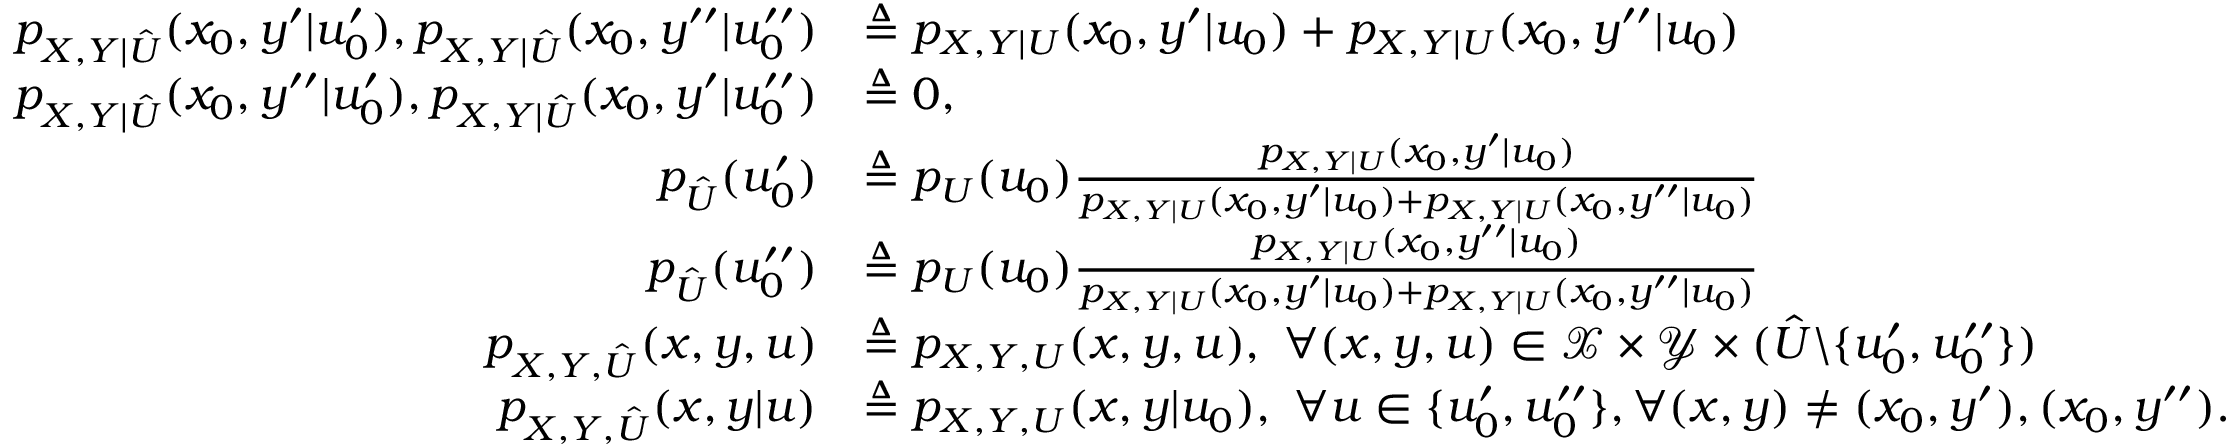
\begin{array} { r l } { p _ { X , Y | \hat { U } } ( x _ { 0 } , y ^ { \prime } | u _ { 0 } ^ { \prime } ) , p _ { X , Y | \hat { U } } ( x _ { 0 } , y ^ { \prime \prime } | u _ { 0 } ^ { \prime \prime } ) } & { \triangleq p _ { X , Y | U } ( x _ { 0 } , y ^ { \prime } | u _ { 0 } ) + p _ { X , Y | U } ( x _ { 0 } , y ^ { \prime \prime } | u _ { 0 } ) } \\ { p _ { X , Y | \hat { U } } ( x _ { 0 } , y ^ { \prime \prime } | u _ { 0 } ^ { \prime } ) , p _ { X , Y | \hat { U } } ( x _ { 0 } , y ^ { \prime } | u _ { 0 } ^ { \prime \prime } ) } & { \triangleq 0 , } \\ { p _ { \hat { U } } ( u _ { 0 } ^ { \prime } ) } & { \triangleq p _ { U } ( u _ { 0 } ) \frac { p _ { X , Y | U } ( x _ { 0 } , y ^ { \prime } | u _ { 0 } ) } { p _ { X , Y | U } ( x _ { 0 } , y ^ { \prime } | u _ { 0 } ) + p _ { X , Y | U } ( x _ { 0 } , y ^ { \prime \prime } | u _ { 0 } ) } } \\ { p _ { \hat { U } } ( u _ { 0 } ^ { \prime \prime } ) } & { \triangleq p _ { U } ( u _ { 0 } ) \frac { p _ { X , Y | U } ( x _ { 0 } , y ^ { \prime \prime } | u _ { 0 } ) } { p _ { X , Y | U } ( x _ { 0 } , y ^ { \prime } | u _ { 0 } ) + p _ { X , Y | U } ( x _ { 0 } , y ^ { \prime \prime } | u _ { 0 } ) } } \\ { p _ { X , Y , \hat { U } } ( x , y , u ) } & { \triangleq p _ { X , Y , U } ( x , y , u ) , \ \forall ( x , y , u ) \in \mathcal { X } \times \mathcal { Y } \times ( \hat { U } \backslash \{ u _ { 0 } ^ { \prime } , u _ { 0 } ^ { \prime \prime } \} ) } \\ { p _ { X , Y , \hat { U } } ( x , y | u ) } & { \triangleq p _ { X , Y , U } ( x , y | u _ { 0 } ) , \ \forall u \in \{ u _ { 0 } ^ { \prime } , u _ { 0 } ^ { \prime \prime } \} , \forall ( x , y ) \neq ( x _ { 0 } , y ^ { \prime } ) , ( x _ { 0 } , y ^ { \prime \prime } ) . } \end{array}